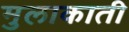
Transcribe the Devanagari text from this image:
मुलाकाती